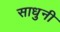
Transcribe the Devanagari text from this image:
साधुनी